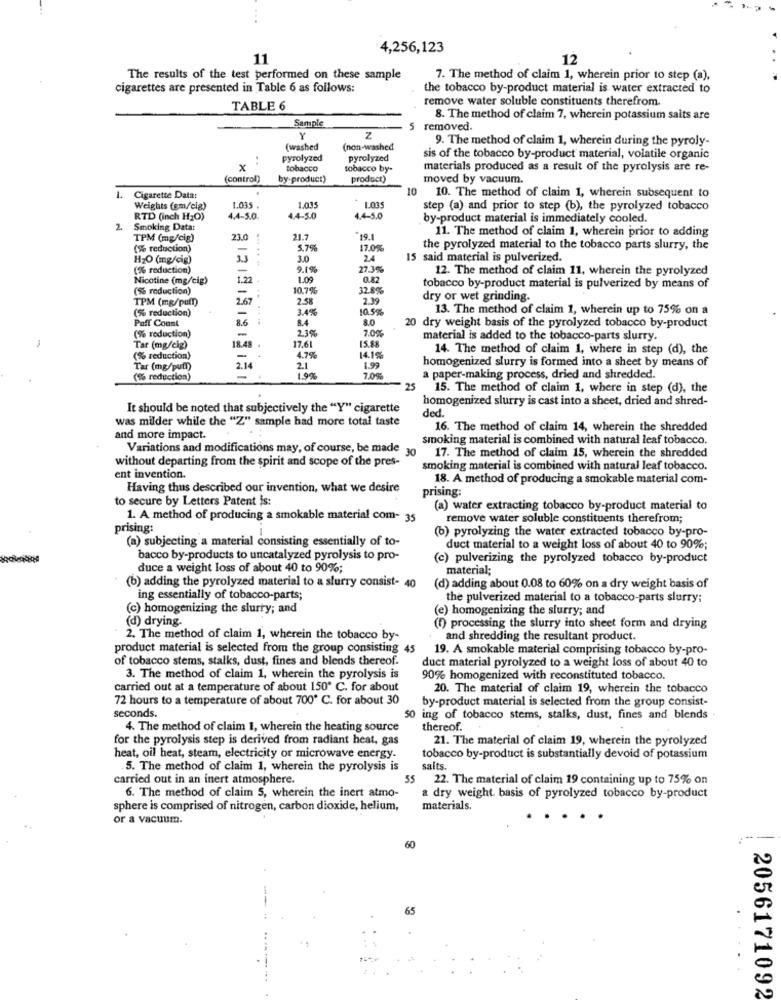
4,256,123
11
12
The results of the test performed on these sample
7. The method of claim 1, wherein prior to step (a),
cigarettes are presented in Table 6 as follows:
the tobacco by-product material is water extracted to
remove water soluble constituents therefrom
TABLE 6
Sample
8. The method of claim 7, wherein potassium saits are
5 removed.
Y
Z
9. The method of claim 1, wherein during the pyroly-
(washed
(non-washed
..
pyrolyzed
pyrolyzed
sis of the tobacco by-product material, volatile organic
x
tobacco
tobacco by-
materials produced as a result of the pyrolysis are re-
(control)
by-product)
product)
moved by vacuum.
10
1. Cigarette Data:
10. The method of claim 1, wherein subsequent to
Weights (em/cig)
1.035
1.035
step (a) and prior to step (b), the pyrolyzed tobacco
RTD (inch H2O)
4.4-5.0.
4.4-5.0
4.4-5.0
by-product material is immediately cooled.
2
Smoking Datat
11. The method of claim 1, wherein prior to adding
TPM (mg/cig)
23.0
21.7
-19.1
(% reduction)
-
5.7%
17.0%
the pyrolyzed material to the tobacco parts slurry, the
H2O (mg/cig)
3.3
... .. ..
3.0
2.4
15 said material is pulverized.
(% reduction)
9.1%
27.3%
12. The method of claim 11, wherein the pyrolyzed
Nicotine (mg/cig)
-
1.2
1.09
0.82
(% reduction)
10.7%
32.8%
tobacco by-product material is pulverized by means of
TPM (mg/pull)
2.67
2.58
2.39
dry or wet grinding.
(% reduction)
3.4%
10.5%
13. The method of claim 1, wherein up to 75% on a
Paff Count
-
8.6
8.4
80
2.3%
7.0%
20 dry weight basis of the pyrolyzed tobacco by-product
-
(% reduction)
-
15.88
material is added to the tobacco-parts slurry.
Tar (mg/cig)
18.48 .
17.61
14. The method of claim 1, where in step (d), the
(% reduction)
4.7%
14.1%
homogenized slurry is formed into a sheet by means of
Tar (mg/put))
2.14
2.1
1.99
(% reduction)
-
1.9%
7.0%
a paper-making process, dried and shredded.
25
15. The method of claim 1, where in step (d), the
homogenized slurry is cast into a sheet, dried and shred-
It should be noted that subjectively the "Y" cigarette
was milder while the "Z" sample had more total taste
ded.
16. The method of claim 14, wherein the shredded
and more impact.
smoking material is combined with natural leaf tobacco.
Variations and modifications may, of course, be made
30
without departing from the spirit and scope of the pres-
17. The method of claim 15, wherein the shredded
smoking material is combined with natural leaf tobacco.
ent invention
18. A method of producing a smokable material com-
Having thus described our invention, what we desire
prising:
to secure by Letters Patent is:
(a) water extracting tobacco by-product material to
1. A method of producing a smokable material com- 35
remove water soluble constituents therefrom;
prising:
(b) pyrolyzing the water extracted tobacco by-pro-
(a) subjecting a material consisting essentially of to-
duct material to a weight loss of about 40 to 90%;
bacco by-products to uncatalyzed pyrolysis to pro-
(c) pulverizing the pyrolyzed tobacco by-product
duce a weight loss of about 40 to 90%;
material;
(b) adding the pyrolyzed material to a slurry consist- 40
(d) adding about 0.08 to 60% on a dry weight basis of
ing essentially of tobacco-parts;
the pulverized material to a tobacco-parts slurry;
(c) homogenizing the slurry; and
(e) homogenizing the slurry; and
(d) drying.
(1) processing the slurry into sheet form and drying
2. The method of claim 1, wherein the tobacco by-
and shredding the resultant product.
product material is selected from the group consisting 45
19. A smokable material comprising tobacco by-pro-
of tobacco stems, stalks, dust, fines and blends thereof.
duct material pyrolyzed to a weight loss of about 40 to
3. The method of claim 1, wherein the pyrolysis is
90% homogenized with reconstituted tobacco.
carried out at a temperature of about 150º C. for about
20. The material of claim 19, wherein the tobacco
72 hours to a temperature of about 700º C. for about 30
by-product material is selected from the group consist-
seconds.
50 ing of tobacco stems, stalks, dust, fines and blends .
4. The method of claim 1, wherein the heating source
thereof.
for the pyrolysis step is derived from radiant heat, gas
21. The material of claim 19, wherein the pyrolyzed
heat, oil heat, steam, electricity or microwave energy.
tobacco by-product is substantially devoid of potassium
. 5. The method of claim 1, wherein the pyrolysis is
salts.
carried out in an inert atmosphere.
55
22. The material of claim 19 containing up to 75% on
6. The method of claim 5, wherein the inert atmo-
a dry weight basis of pyrolyzed tobacco by-product
sphere is comprised of nitrogen, carbon dioxide, helium,
materials.
or a vacuum.
....
60
2056171092